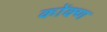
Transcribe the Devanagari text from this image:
कोंक्ण